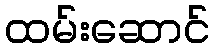
ထမ်းဆောင်